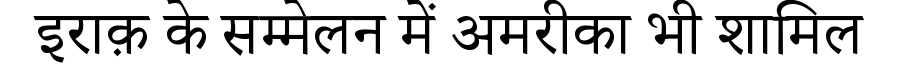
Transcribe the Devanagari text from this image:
इराक़ के सम्मेलन में अमरीका भी शामिल